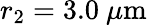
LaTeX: r_{2}=3.0\ \mu\mathrm{m}